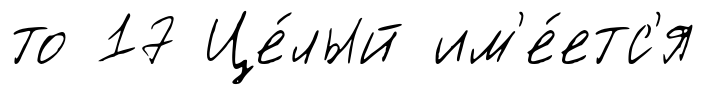
то 17 Це́лый им'е́етс'я